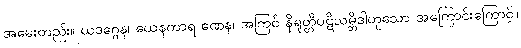
အမေးတည်း။ ယဒဂ္ဂေန၊ ယေနကာရ ဏေန၊ အကြင် နိရုတ္တိပဋိသမ္ဘိဒါဟူသော အကြောင်းကြောင့်။